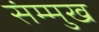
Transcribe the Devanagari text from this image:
संम्मुख